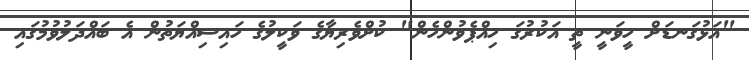
"އަޅުގަނޑަށް ހީވަނީ ތީ އަކުރުގަ ހިއްޕެވުންހެން" ކުށްވެރިޔާގެ ވަކީލުގެ ހައިސިއްޔަތުން އެ ބައްދަލުވުމުގައި